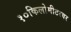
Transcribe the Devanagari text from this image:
१०किलोमीटरवर